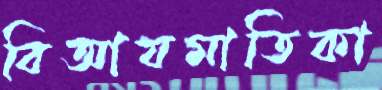
বিআযমাতিকা